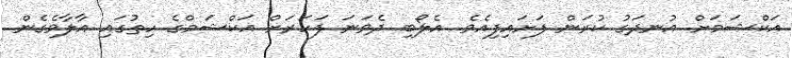
އަކްޝަމަށް އުނދަގު ކުރަން ފަށައިފިއެވެ. އެލޯބި ދެވަނަ ފަހަރަށް އަކްޝަމްގެ ހިތުގައި އާލާވެގެން